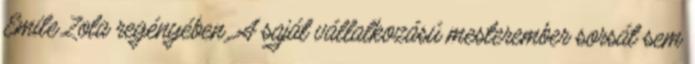
Emile Zola regényében. A saját vállalkozású mesterember sorsát sem